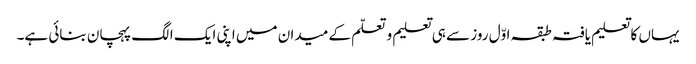
یہاں کا تعلیم یافتہ طبقہ اوّل روز سے ہی تعلیم و تعلّم کے میدان میں اپنی ایک الگ پہچان بنائی ہے۔